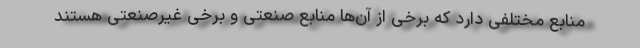
منابع مختلفی دارد که برخی از آن‌ها منابع صنعتی و برخی غیرصنعتی هستند